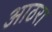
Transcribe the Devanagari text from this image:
आठरा